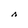
Character: A